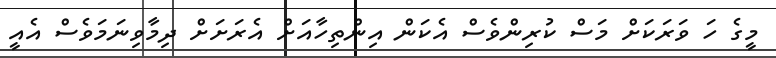
މީގެ ހަ ވަރަކަށް މަސް ކުރިންވެސް އެކަން އިންތިހާއަށް އެރަށަށް ދިމާވިނަމަވެސް އެއީ